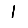
Digit: 1